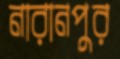
নারানপুর